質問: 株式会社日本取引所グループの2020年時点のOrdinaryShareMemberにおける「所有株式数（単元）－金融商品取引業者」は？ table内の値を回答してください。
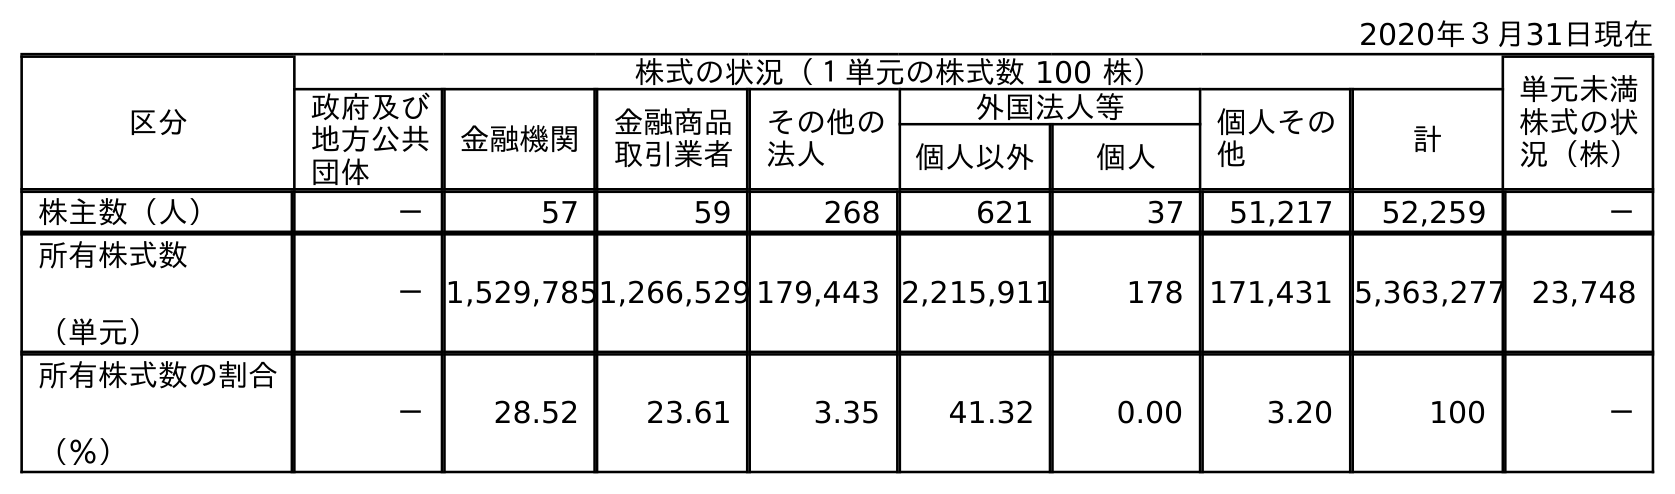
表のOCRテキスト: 2020年３月31日現在 区分 株式の状況（１単元の株式数 100 株） 単元未満 株式の状 況（株） 政府及び 地方公共 団体 金融機関 金融商品 取引業者 その他の 法人 外国法人等 個人その 他 計 個人以外 個人 株主数（人） － 57 59 268 621 37 51,217 52,259 － 所有株式数 （単元） －1,529,7851,266,529 179,443 2,215,911 178 171,431 5,363,277 23,748 所有株式数の割合 （％） － 28.52 23.61 3.35 41.32 0.00 3.20 100 －
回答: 1,266,529